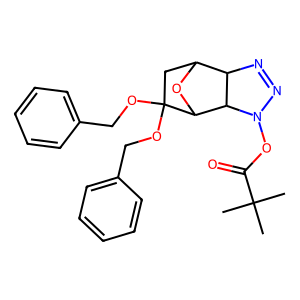
SMILES: CC(C)(C)C(=O)ON1N=NC2C3CC(OCc4ccccc4)(OCc4ccccc4)C(O3)C21
Inhibits HIV replication: No